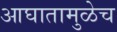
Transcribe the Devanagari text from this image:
आघातामुळेच